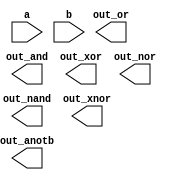
//Build a combinational circuit with two inputs, a and b.

//There are 7 outputs, each with a logic gate driving it:

//out_and: a and b
//out_or: a or b
//out_xor: a xor b
//out_nand: a nand b
//out_nor: a nor b
//out_xnor: a xnor b
//out_anotb: a and-not b

module top_module( 
    input a, b,
    output out_and,
    output out_or,
    output out_xor,
    output out_nand,
    output out_nor,
    output out_xnor,
    output out_anotb
);
	// Insert your code here
endmodule